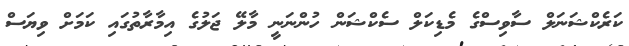
ކަރެކްޝަނަލް ސާވިސްގެ މެޑިކަލް ސެކްޝަން ހުންނަނީ މާލޭ ޖަލުގެ އިމާރާތުގައި ކަމަށް ވިޔަސް